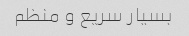
بسیار سریع و منظم